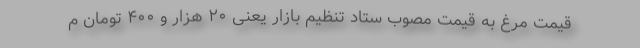
قیمت مرغ به قیمت مصوب ستاد تنظیم بازار یعنی ۲۰ هزار و ۴۰۰ تومان م